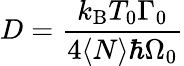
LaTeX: D=\frac{k_{\mathrm{B}}T_{0}\Gamma_{0}}{4\langle N\rangle\hbar\Omega_{0}}